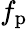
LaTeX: f_{\mathrm{p}}